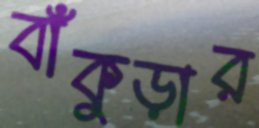
বাঁকুড়ার